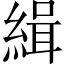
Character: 緝